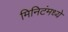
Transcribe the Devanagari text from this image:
मिनिटंमध्ये